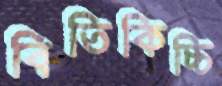
বিতিকিচ্চি